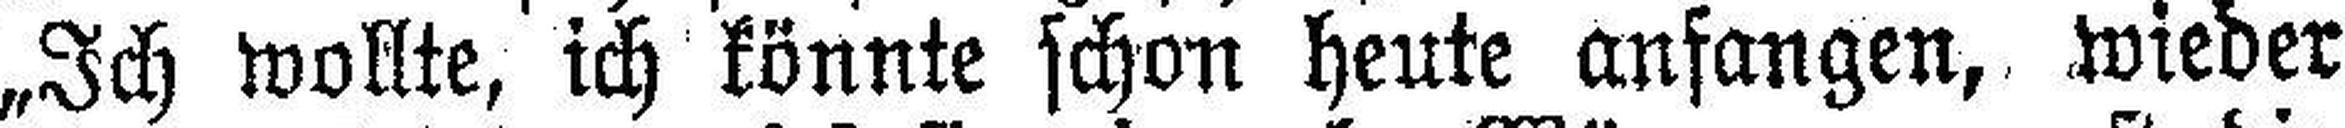
„Ich wollte, ich könnte schon heute anfangen, wieder